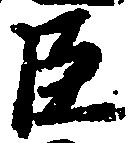
臣